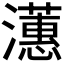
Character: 𪷺